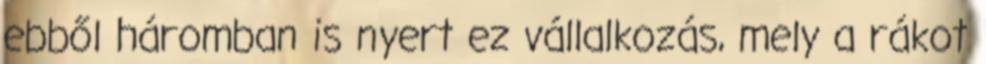
ebből háromban is nyert ez vállalkozás, mely a rákot